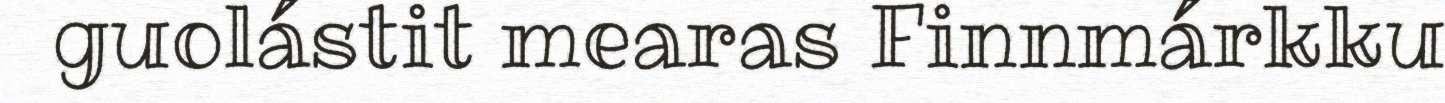
guolástit mearas Finnmárkku